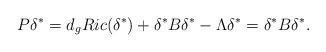
LaTeX: \begin{align*}P\delta^{\ast}&=d_{g}Ric (\delta^{\ast})+\delta^{\ast}B \delta^{\ast}-\Lambda \delta^{\ast}=\delta^{\ast}B\delta^{\ast}.\end{align*}